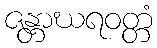
ဇန္တာဃရဝတ္တံ